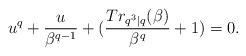
LaTeX: \begin{align*} u^q+\frac{u}{\beta ^{q-1}}+(\frac{Tr_{q^3|q}(\beta)}{\beta^q}+1)=0.\end{align*}